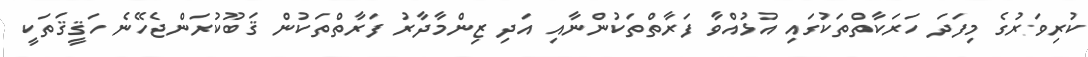
ކުރިވަރުގެ މިފަދަ ހަރަކާތްތަކުގައި އުޅުއްވާ ފަރާތްތަކުންނާއި އަދި ޒިންމާދާރު ފަރާތްތަކުން ޤަބޫކުރަންޖެހޭނެ ހަޤީޤަތަކީ